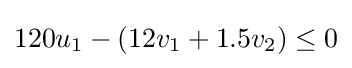
120u_{1}-(12v_{1}+1.5v_{2})\leq 0